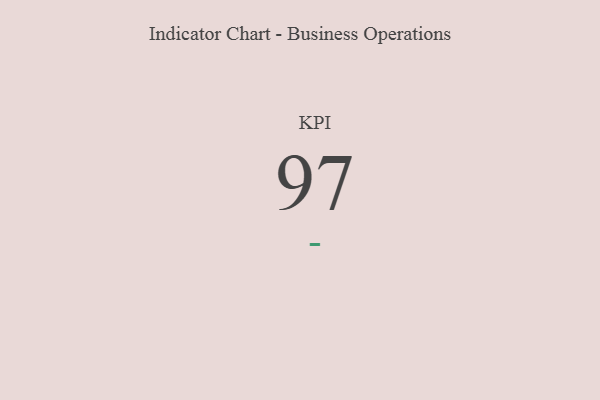
{"axis": {"x": "KPI", "y": "Value"}, "legend": [""], "data": [{"x": "KPI", "y": 97, "type": ""}]}